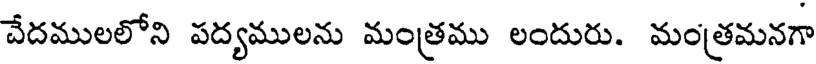
వేదములలోని పద్యములను మంత్రము లందురు. మంత్రమనగా